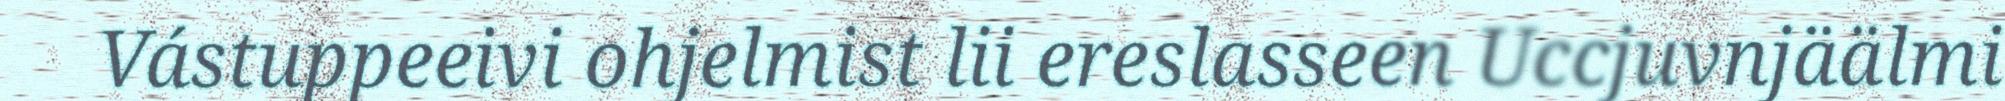
Vástuppeeivi ohjelmist lii ereslasseen Uccjuvnjäälmi